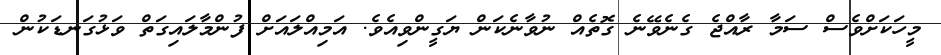
މީހަކަށްވެސް ސަމާ ރާއްޖެ ގެނެވޭނެ ގޮތެއް ނުވާނެކަން ޔަގީންވިއެވެ. އަމިއްލައަށް ފުންމާލައިގަތް ވަޅުގަނޑަކުން